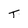
Character: T